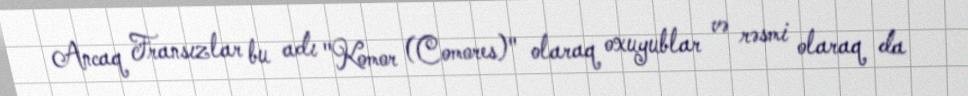
Ancaq Fransızlar bu adı "Komor (Comores)" olaraq oxuyublar və rəsmi olaraq da